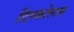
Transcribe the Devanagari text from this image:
डिस्कोलस